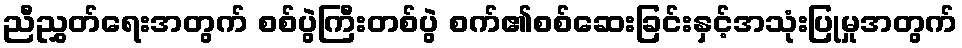
ညီညွှတ်ရေးအတွက် စစ်ပွဲကြီးတစ်ပွဲ စက်၏စစ်ဆေးခြင်းနှင့်အသုံးပြုမှုအတွက်